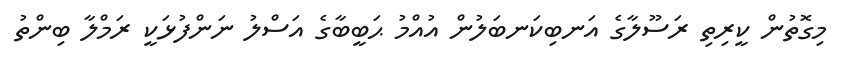
މިގޮތުން ކީރިތި ރަސޫލާގެ އަނބިކަނބަލުން އުއްމު ޙަބީބާގެ އަސްލު ނަންފުޅަކީ ރަމްލާ ބިންތު